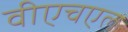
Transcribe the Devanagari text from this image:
वीएचएल